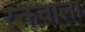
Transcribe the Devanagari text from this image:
रक्तवाला